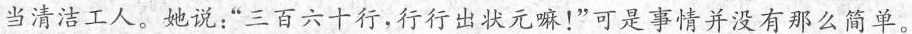
当清洁工人。她说：”三百六十行，行行出状元嘛！”可是事情并没有那么简单。